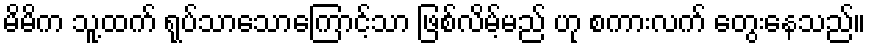
မိမိက သူ့ထက် ရုပ်သာသောကြောင့်သာ ဖြစ်လိမ့်မည် ဟု စကားလက် တွေးနေသည်။